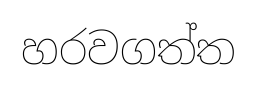
හරවගත්ත